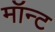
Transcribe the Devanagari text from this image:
मॉन्ट